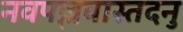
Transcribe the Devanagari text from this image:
नवपल्लवास्तदनु